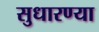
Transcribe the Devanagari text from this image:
सुधारण्या